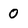
Character: 0